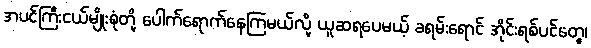
အပင်ကြီးငယ်မျိုးစုံတို့ ပေါက်ရောက်နေကြမယ်လို့ ယူဆရပေမယ့် ခရမ်းရောင် အိုင်းရစ်ပင်တွေ၊